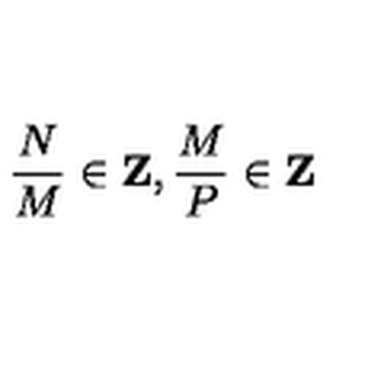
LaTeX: { \frac { N } { M } } \in { \bf Z } , { \frac { M } { P } } \in { \bf Z }